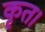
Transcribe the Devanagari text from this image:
कृत।